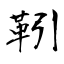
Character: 靷